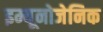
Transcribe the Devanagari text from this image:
इम्यूनोजेनिक